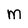
Character: m